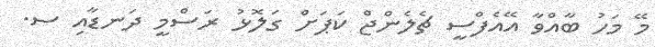
މޭ މަހު ބާއްވާ އޭއެފްސީ ޗެލެންޖް ކަޕަށް ގަލޮޅު ރަސްމީ ދަނޑާއި ސ.